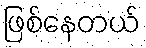
ဖြစ်နေတယ်